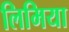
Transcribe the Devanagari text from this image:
लिमिया